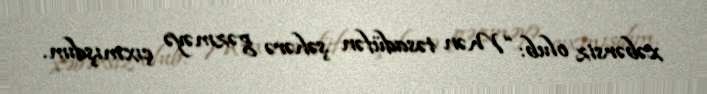
xəbərsiz olub: “Mən təsadüfən şəhərə gəzməyə çıxmışdım.